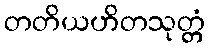
တတိယဟိတသုတ္တံ